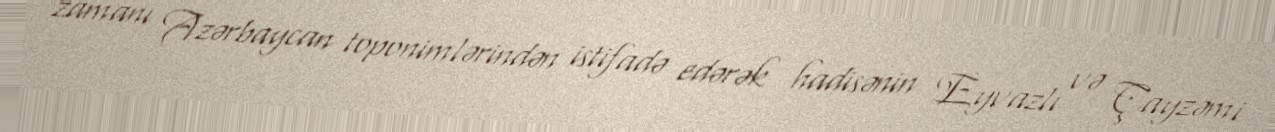
zamanı Azərbaycan toponimlərindən istifadə edərək hadisənin Eyvazlı və Çayzəmi